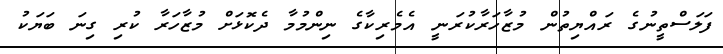
ފަލަސްތީނުގެ ރައްޔިތުން މުޒާހަރާކުރަނީ އެމެރިކާގެ ނިންމުމާ ދެކޮޅަށް މުޒާހަރާ ކުރި ގިނަ ބަޔަކު